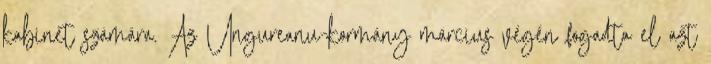
kabinet számára. Az Ungureanu-kormány március végén fogadta el azt